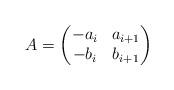
LaTeX: \begin{align*} A=\begin{pmatrix} -a_i & a_{i+1}\\ -b_i & b_{i+1}\end{pmatrix} \end{align*}